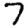
Digit: 7